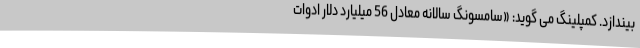
بیندازد. كمپلینگ می گوید: «سامسونگ سالانه معادل 56 میلیارد دلار ادوات